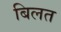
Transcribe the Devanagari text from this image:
बिलत